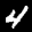
Label: 4